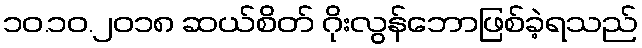
၁၀.၁၀.၂၀၁၈ ဆယ်စိတ် ဂိုးလွန်ဘောဖြစ်ခဲ့ရသည်